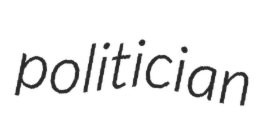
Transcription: politician